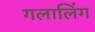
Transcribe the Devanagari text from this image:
गलालिंग